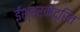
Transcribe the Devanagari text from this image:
ईश्वरकेंद्रित